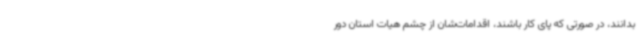
بدانند، در صورتی که پای کار باشند، اقدامات‌شان از چشم هیات استان دور